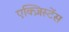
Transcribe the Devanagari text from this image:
एक्ज़िस्टेंस